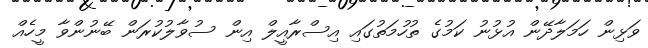
ވަޅިން ހަމަލާދޭން އުޅުނު ކަމުގެ ތުހުމަތުގައި އިސްރާއީލް އިން ސުވާލުކުރަން ބޭނުންވާ މީހެއް